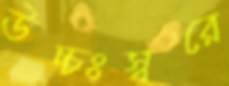
উচ্চঃস্বরে